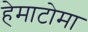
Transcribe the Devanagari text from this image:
हेमाटोमा